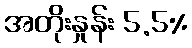
အတိုးနှုန်း 5.5%